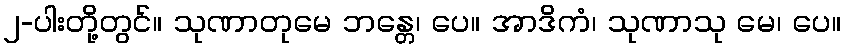
၂-ပါးတို့တွင်။ သုဏာတုမေ ဘန္တေ၊ ပေ။ အာဒိကံ၊ သုဏာသု မေ၊ ပေ။